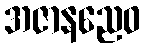
အဇာနညေဝ